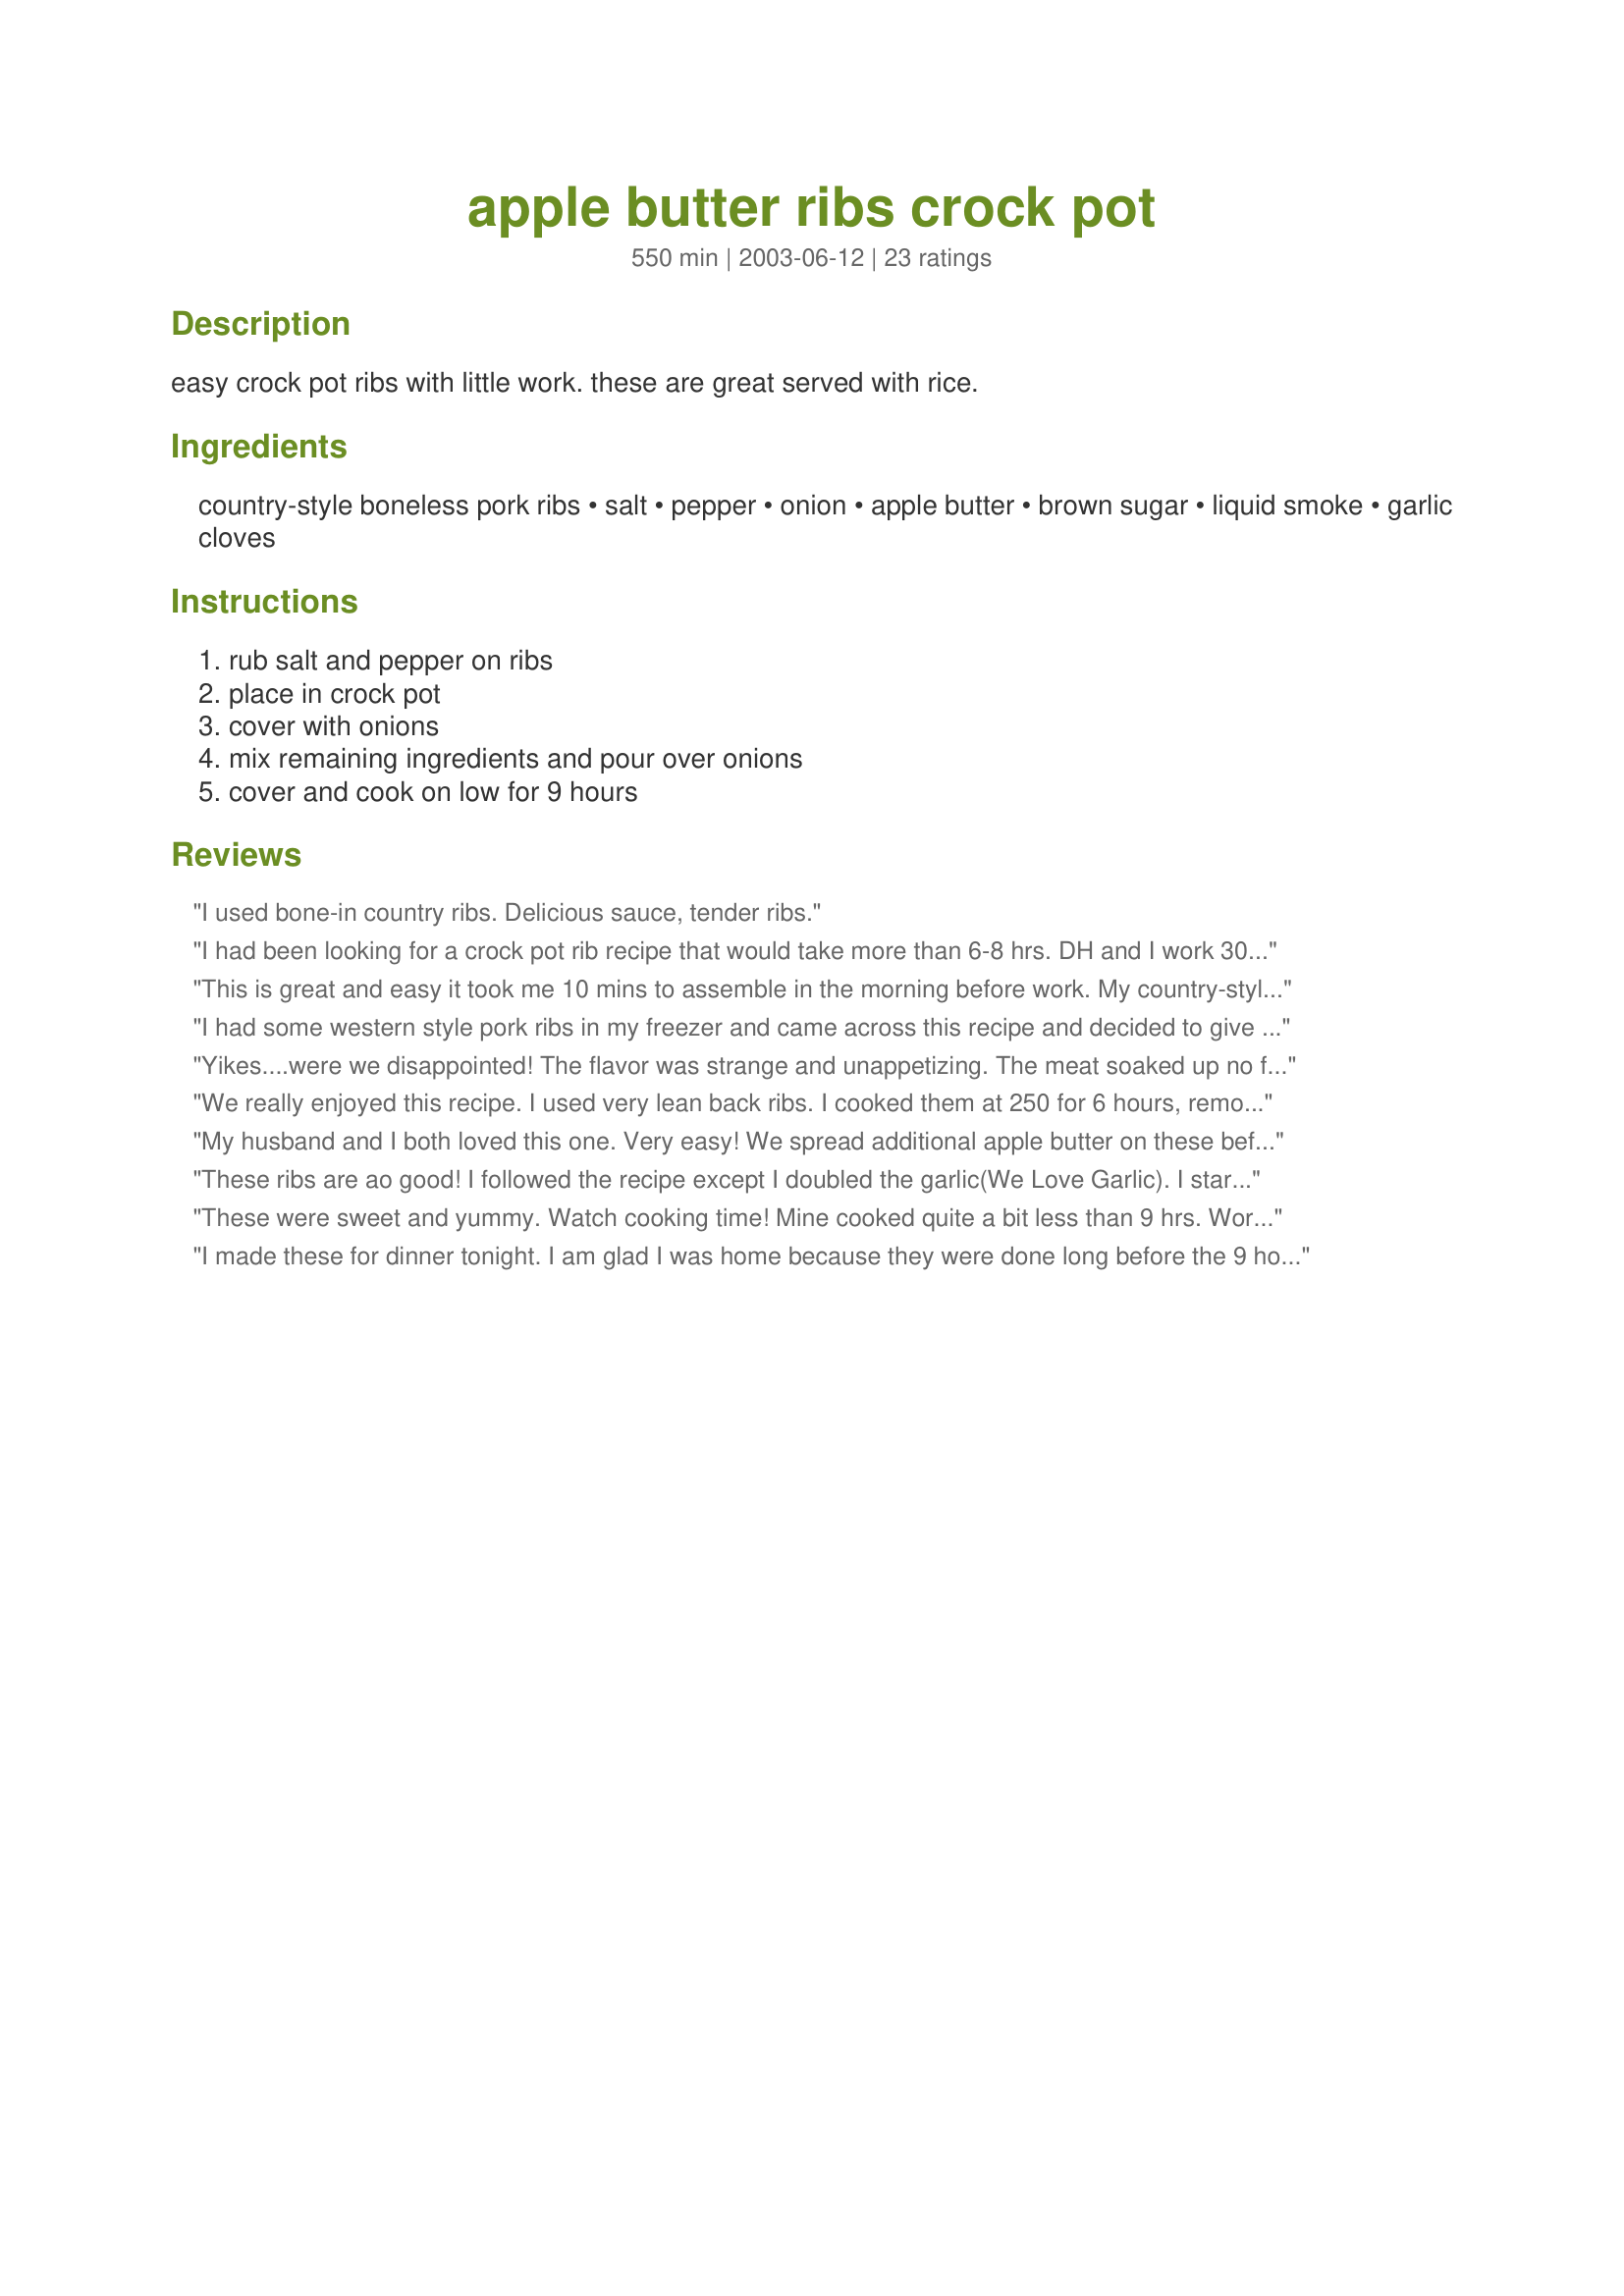
apple butter ribs crock pot
Preparation time: 550 minutes

easy crock pot ribs with little work. these are great served with rice.

Ingredients:
country-style boneless pork ribs, salt, pepper, onion, apple butter, brown sugar, liquid smoke, garlic cloves

Steps:
rub salt and pepper on ribs, place in crock pot, cover with onions, mix remaining ingredients and pour over onions, cover and cook on low for 9 hours

Reviews:
I used bone-in country ribs. Delicious sauce, tender ribs.
I had been looking for a crock pot rib recipe that would take more than 6-8 hrs. DH and I work 30 min. away, so a full day at work means at least 9 hrs away from home. I made these last night and they were spectacular. most of the meat fell off the bone before we even took them out. they were very flavorful and moist. (I had one piece that was a little dry, but I think that was just rib placement in the crock pot, not the recipe itself.) we served this over steamed jasmine rice which was a perfect accompaniment with the juices from the ribs, too. a friend had enjoyed these with us, too, and was raving about them. recipe is definitely a keeper!
This is great and easy it took me 10 mins to assemble in the morning before work. My country-style ribs were a lean cut, no visible fat or skin. This recipe could also be made into pulled pork for sandwiches. Very good! Thanks for posting!
I had some western style pork ribs in my freezer and came across this recipe and decided to give it a try. I was pleasantly surprised at how tender and delicious they turned out to be. I followed the directions exactly, and cooked for the full 9 hours. About 2 hours before serving I thicken the gravy and let the ribs simmer. If I were to do anything different next time, it would be to add more garlic. This is a nice change from the regular B-Q Ribs. Thanks for sharing such a unique and good recipe.
Yikes....were we disappointed! The flavor was strange and unappetizing. The meat soaked up no flavor whatsoever. The only reason this got 2 stars instead of 1 or 0 is because my husband doctored it with bbq sauce, ketchup and goodness knows what else.
We really enjoyed this recipe. I used very lean back ribs. I cooked them at 250 for 6 hours, removing the bone and skimming the fat from sauce, when finished. They turned out beautifully, juicy, and tender, with a very flavourful, dark, rich, sauce, which I served with long grain rice. I will certainly be making these ribs again and again.
My husband and I both loved this one. Very easy! We spread additional apple butter on these before serving. Thanks so much! I'll definitely be cooking this again.
These ribs are ao good! I followed the recipe except I doubled the garlic(We Love Garlic). I started them on high for the first hour or so then I cooked them on low for the rest of the time. Total cooking time was 7 hours and they were very tender and yummy! The house was filled with the wonderful aroma all day :-)
These were sweet and yummy. Watch cooking time! Mine cooked quite a bit less than 9 hrs. Worth making. Thanks for posting.
I made these for dinner tonight. I am glad I was home because they were done long before the 9 hour cooking time. The sauce was very greasy, but that is common when using country style ribs. I didn't add the optional liquid smoke. If I make this again I will use it as my family felt they weren't very flavorful.
Very nice flavor, super easy to make, makes the whole house smell wonderful as it cooks! I wondered if it might turn out too sweet, but it was just right. The only reason it didn't rate 5 stars for me is that the sauce was extremely fatty (but then, what do you expect from country-style ribs??) I think this recipe would be just brilliant using a leaner cut of pork.
I had to come up with dinner using only a crockpot and ribs but didn't want bbq. We all love apple butter and decided to give this a try. The ribs turned out not to be enough meat so I added in a few porkchops to round it out and increased the apple butter sauce by half. After it was done cooking I thickened the juices in the crockpot with a little cornstarch and water. This recipe proved to be a wonderful and different way to fix ribs in the crockpot and was a huge hit with the whole family. We will definitely be making this again. Thanks so much for posting!
We enjoyed these ribs a lot. Very tender, wonderful flavor. Great use for apple butter. Thanks for the recipe!
We cooked the ribs on high for two hours and then on low for another 3 hours and they turned out perfect. The liquid smoke and apple butter combine beautifully to the flavor, aroma and burnished color of the finished ribs.

We froze some leftovers in a freezer bag for a month and they warmed up great in the microwave. Thank you for a great keeper recipe!
I also used a lean pork roast for this recipe. I cooked it overnight in my crockpot. The meat fell apart and the flavor was great!! I will be making this one again. Thanks for posting!!!
Very tasty ribs! I varied the recipe slightly. Always looking for shortcuts, I used a 10oz bag of frozen chopped onions, (less would have sufficed), a full cup of apple butter and 1/2-1 tsp. of 'jar garlic' I keep refrigerated. The recipe is delicious, but I have to agree with another review...very fatty. Maybe try a pork roast next time? Also the cooking time was too long because the ribs were broken into tiny pieces. I may also try this at a lower cooking time, perhaps checking tenderness at 6hrs. I would have given this 5stars, but the '9 hour low cooking time' was just too long with my Smart CrockPot. But, it's worth a repeat and my husband liked it too! Thanks MizzNezz!
Fantastic,
Dh and I loved this one! The kids didn't care for it, but since they're mostly into hot dogs and pb&j right now, that's not really a surprise. :) My crockpot usually runs pretty hot, so I only cooked them for 8 hours. They were still a little too done, but I think 7-7.5 hours would have been perfect. We served it on sandwiches, and it was amazing. Thanks for the great recipe!
I will always prefer ribs cooked low and slow in a smoker, but these were very easy and something tasty to put on the dinner table. I made a few adjustments--increased the apple butter to 1 cup, 1 tablespoon liquid smoke, and 4 cloves garlic. Thanks for sharing this.
Delicious!!!!! And so easy!!! I used bone-in ribs and they were soooo tender!
I varied the recipe slightly, and it turned out great and got a rave response from my BF -- I'm allowed to make this one again anytime. I varied the recipe slightly by using a lean pork roast. I didn't have apple butter on hand but did have cinnamon flavored applesauce, so I used that instead; and I also added extra cinnamon. We like liquid smoke, so I put in more than the recipe called for -- probably close to 2 teaspoons. The result was FANTASTIC! The sauce had minimal fat in it. Delicious, and I'll definitely be making this one again! Thanks for posting!
This one is definately going in my tried and true public cookbook. Yum. I also used a lean roast, but I did follow the reicpe as written otherwise. Very easy and very delicious. The roast fell apart as I was dishing up my lunch. :)
These were delicious! The apple butter gave them a wonderful flavor...we added a cup of crushed pineapple for the sauce also and my kids loved it!
